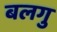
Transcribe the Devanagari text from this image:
बलगु